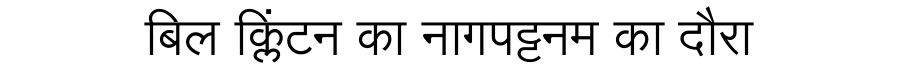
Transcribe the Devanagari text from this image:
बिल क्लिंटन का नागपट्टनम का दौरा